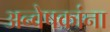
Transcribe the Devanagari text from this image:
अन्वेषकांना